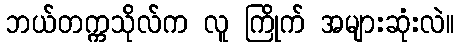
ဘယ်တက္ကသိုလ်က လူ ကြိုက် အများဆုံးလဲ။